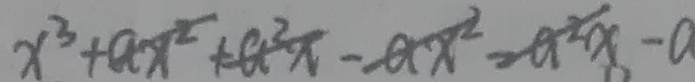
x ^ { 2 } + a x ^ { 2 } + a ^ { 2 } x - a x ^ { 2 } - a ^ { 2 } x - a